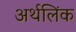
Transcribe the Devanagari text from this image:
अर्थलिंक